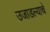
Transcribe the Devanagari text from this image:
उजाडल्याचे